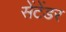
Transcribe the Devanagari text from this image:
सेंटेंडर